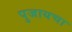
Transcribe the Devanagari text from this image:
पुजायचा